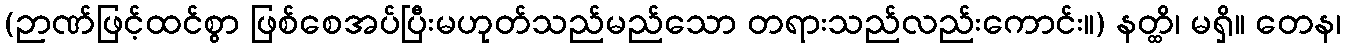
(ဉာဏ်ဖြင့်ထင်စွာ ဖြစ်စေအပ်ပြီးမဟုတ်သည်မည်သော တရားသည်လည်းကောင်း။) နတ္ထိ၊ မရှိ။ တေန၊